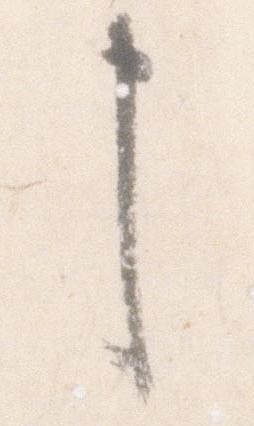
申